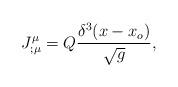
LaTeX: \begin{align*}J^\mu_{; \mu}= Q{\delta^3(x-x_o)\over\sqrt g},\end{align*}